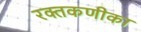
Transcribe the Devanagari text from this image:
रक्तकणीका